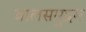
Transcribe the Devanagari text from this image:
बालसमुद्रम